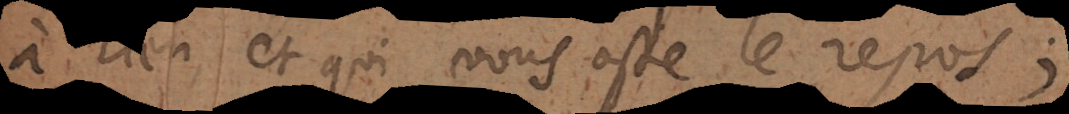
à rien et qui vous oste le repos;